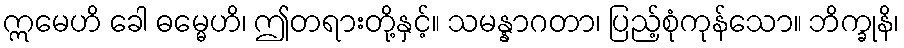
ဣမေဟိ ခေါ ဓမ္မေဟိ၊ ဤတရားတို့နှင့်။ သမန္နာဂတာ၊ ပြည့်စုံကုန်သော။ ဘိက္ခုနိ၊